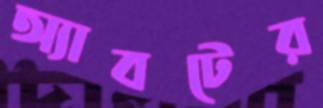
অ্যাবটের